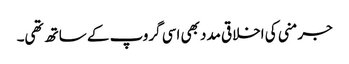
جرمنی کی اخلاقی مدد بھی اسی گروپ کے ساتھ تھی۔